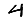
Digit: 4